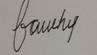
Signature authenticity: forged